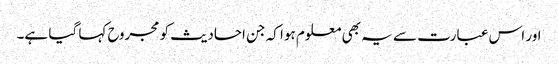
اور اس عبارت سے یہ بھی معلوم ہوا کہ جن احادیث کو مجروح کہا گیا ہے۔